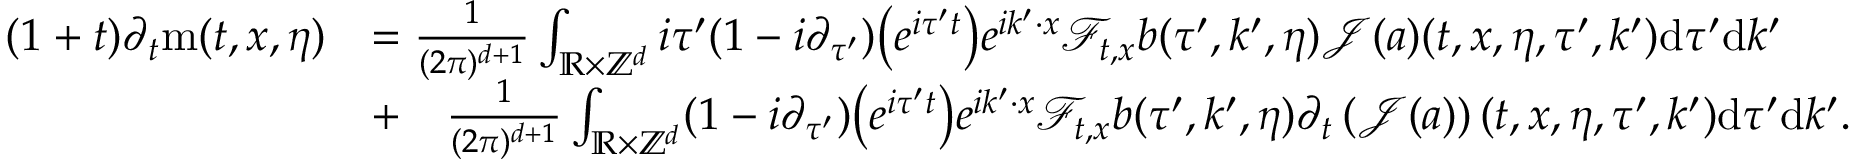
\begin{array} { r l } { ( 1 + t ) \partial _ { t } \mathrm { m } ( t , x , \eta ) } & { = \frac { 1 } { ( 2 \pi ) ^ { d + 1 } } \int _ { \mathbb R \times \mathbb Z ^ { d } } i \tau ^ { \prime } ( 1 - i \partial _ { \tau ^ { \prime } } ) \big ( e ^ { i \tau ^ { \prime } t } \big ) e ^ { i k ^ { \prime } \cdot x } \mathcal { F } _ { t , x } b ( \tau ^ { \prime } , k ^ { \prime } , \eta ) \mathcal { J } ( a ) ( t , x , \eta , \tau ^ { \prime } , k ^ { \prime } ) \mathrm { d } \tau ^ { \prime } \mathrm { d } k ^ { \prime } } \\ & { + \quad \frac { 1 } { ( 2 \pi ) ^ { d + 1 } } \int _ { \mathbb R \times \mathbb Z ^ { d } } ( 1 - i \partial _ { \tau ^ { \prime } } ) \big ( e ^ { i \tau ^ { \prime } t } \big ) e ^ { i k ^ { \prime } \cdot x } \mathcal { F } _ { t , x } b ( \tau ^ { \prime } , k ^ { \prime } , \eta ) \partial _ { t } \left( \mathcal { J } ( a ) \right) ( t , x , \eta , \tau ^ { \prime } , k ^ { \prime } ) \mathrm { d } \tau ^ { \prime } \mathrm { d } k ^ { \prime } . } \end{array}